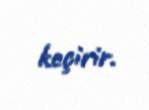
keçirir.